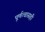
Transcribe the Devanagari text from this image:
पूर्णत्वासही